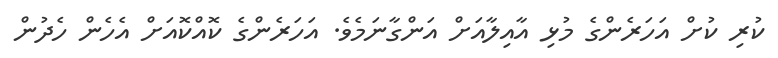
ކުރި ކުށް އަހަރެންގެ މުޅި އާއިލާއަށް އަންގާނަމެވެ. އަހަރެންގެ ކޮއްކޮއަށް އެހެން ހެދުން